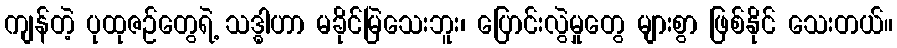
ကျန်တဲ့ ပုထုဇဉ်တွေရဲ့ သဒ္ဓါဟာ မခိုင်မြဲသေးဘူး၊ ပြောင်းလွဲမှုတွေ များစွာ ဖြစ်နိုင် သေးတယ်။